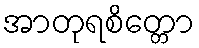
အာတုရစိတ္တော